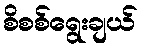
စိစစ်ရွေးချယ်